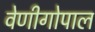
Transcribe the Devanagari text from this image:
वेणीगोपाल